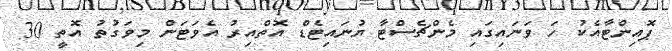
ޕޮއިންޓާއެކު ހަ ވަނައިގައި މެންޗެސްޓާ ޔުނައިޓެޑް އޮތްއިރު އެވަޓަން މިވަގުތު އޮތީ 30